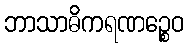
ဘာသာဓိကရဏဉ္စေဝ